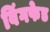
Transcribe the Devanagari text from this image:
विंगफेड